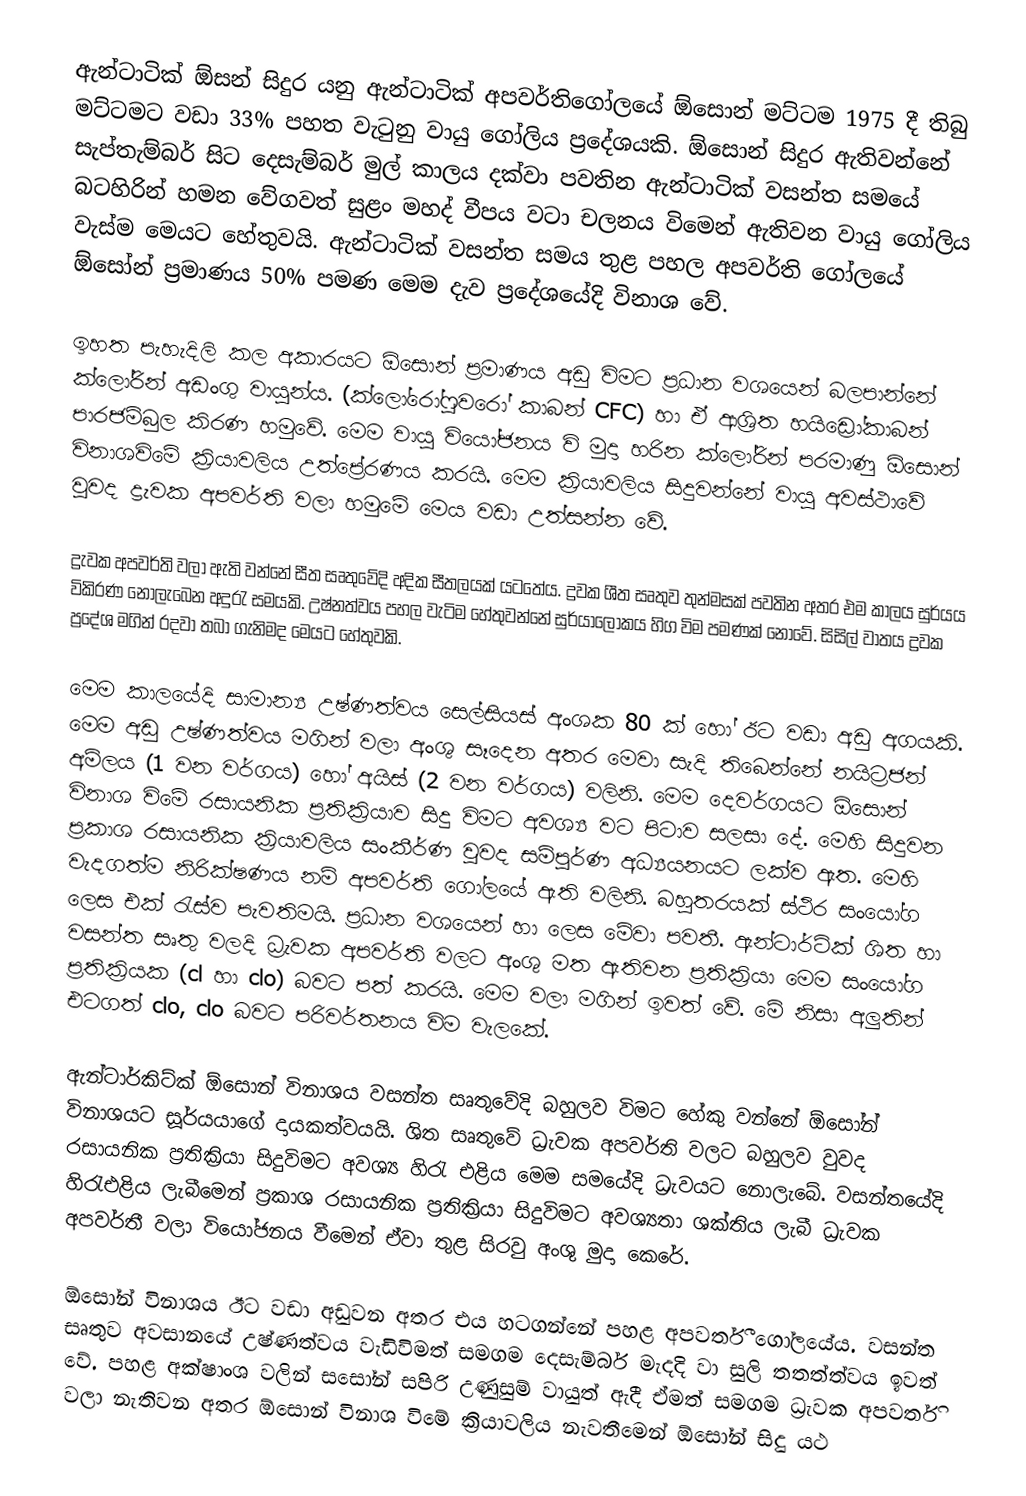
ඇන්ටාටික් ඕසන් සිදුර යනු ඇන්ටාටික් අපවර්තිගෝලයේ ඕ‍සොන් මට්ටම 1975 දී තිබු මට්ටමට වඩා 33% පහත වැටුනු වායු ගෝලිය ප්‍රදේශයකි. ඕසොන් සිදුර ඇතිවන්නේ සැප්තැම්බර් සිට දෙසැම්බර් මුල් කාලය දක්වා පවතින ඇන්ටාටික් වසන්ත සමයේ බටහිරින් හමන වේගවත් සුළං මහද් වීපය වටා චලනය විමෙන් ඇතිවන වායු ගෝලිය වැස්ම මෙයට හේතුවයි. ඇන්ටාටික් වසන්ත සමය තුළ පහල අපවර්ති ගෝලයේ ‍ඕසෝන් ප්‍රමාණය 50% පමණ මෙම දැව ප්‍රදේශයේදි විනාශ වේ.

ඉහත පැහැදිලි කල අකාරයට ඕසොන් ප්‍රමාණය අඩු විමට ප්‍රධාන වශයෙන් බලපාන්නේ ක්ලෝරින් අඩංගු වායුන්ය. (ක්ලෝරෝෆුවරෝ කාබන් CFC) හා ඒ ආශ්‍රිත හයිඩ්‍රෝකාබන් පාරජම්බුල කිරණ හමුවේ. මෙම වායු වියෝජනය වි මුදා හරින ක්ලෝරින් පරමාණු ඕසොන් විනාශවිමේ ක්‍රියාවලිය උත්ප්‍රේරණය කරයි.  මෙම ක්‍රියාවලිය සිදුවන්නේ වායු අවස්ථාවේ වුවද ද්‍රැවක අපවර්ති වලා හමුමේ මෙය වඩා උත්සන්න වේ.

ද්‍රැවක අපවර්ති වලා ඇති වන්නේ සීත සෘතුවේදි අදික සීතලයක් යටතේය. ද්‍රවක ශීත සෘතුව තුන්මසක් පවතින අතර එම කාලය සුර්යය විකිරණ නොලැබෙන අදුරැ සමයකි. උෂ්නත්වය පහල වැටිම හේතුවන්නේ සුර්යාලෝකය හිග විම පමණක් නොවේ. සිසිල් වාතය ද්‍රවක ප්‍රදේශ මගින් රදවා තබා ගැනිමද මෙයට හේතුවකි.

	මෙම කාලයේදි සාමාන්‍ය උෂ්ණත්වය සෙල්සියස් අංශක 80 ක් හෝ ඊට වඩා අඩු අගයකි. මෙම අඩු උෂ්ණත්වය මගින් වලා අංශු සෑදෙන අතර මෙවා සැදි තිබෙන්නේ නයිට්‍රජන් අම්ලය (1 වන වර්ගය) හෝ අයිස් (2 වන වර්ගය) වලිනි. මෙම දෙවර්ගයට ඕසොන් විනාශ විමේ රසායනික ප්‍රතික්‍රියාව සිදු විමට අවශ්‍ය වට පිටාව සලසා දේ. මෙහි සිදුවන ප්‍රකාශ රසායනික ක්‍රියාවලිය සංකීර්ණ වුවද සම්පුර්ණ අධ්‍යයනයට ලක්ව ඇත. මෙහි වැදගත්ම නිරික්ෂණය නම් අපවර්ති ගෝලයේ ඇති    වලිනි. බහුතරයක් ස්ථිර සංයෝග ලෙස එක් රැස්ව පැවතිමයි. ප්‍රධාන වශයෙන්    හා  ලෙස මේවා පවතී. ඇන්ටාර්ටික් ශිත හා වසන්ත සෘතු වලදි ධ්‍රැවක අපවර්ති වලට අංශු මත ඇතිවන ප්‍රතික්‍රියා මෙම සංයෝග ප්‍රතික්‍රියක (cl  හා clo) බවට පත් කරයි. මෙම වලා මගින්    ඉවත් වේ. මේ නිසා අලුතින් එටගත් clo, clo  බවට පරිවර්තනය විම වැලකේ.

ඇන්ටාර්කිට්ක් ඕසොන් විනාශය වසන්ත සෘතුවේදි බහුලව විමට හේකු වන්නේ ඕසෝන් විනාශයට සූර්යයාගේ දායකත්වයයි. ශිත සෘතුවේ ධ්‍රැවක අපවර්ති වලට බහුලව වුවද රසායනික ප්‍රතික්‍රියා සිදුවිමට අවශ්‍ය හිරැ එළිය මෙම සමයේදි ධ්‍රැවයට නොල‍ැබේ. වසන්තයේදි හිරැඑළිය ලැබීමෙන් ප්‍රකාශ රසායනික ප්‍රතික්‍රියා සිදුවිමට අවශ්‍යතා ශක්තිය ලැබී ධ්‍රැවක අපවර්තී වලා වියෝජනය වීමෙන් ඒවා තුළ සිරවු අංශු මුදා කෙරේ.

ඕසෝන් විනාශය ඊට වඩා අඩුවන අතර එය හටගන්නේ පහළ අපවර්තී‍ ගෝලයේය. වසන්ත සෘතුව අවසානයේ උෂ්ණත්වය වැඩිවිමත් සමගම දෙසැම්බර් මැදදි වා සුලි තතත්ත්වය ඉවත් වේ. පහළ අක්ෂාංශ වලින් සසෝන් සපිරි උණුසුම් වායුත් ඇදී ඒමත් සමගම ධ්‍රැවක අපවර්ති වලා නැතිවන අතර ඕසොන් විනාශ විමේ ක්‍රියාවලිය නැවතීමෙන් ඕසෝන් සිදු යථ